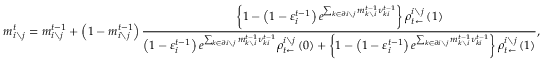
m _ { i \setminus j } ^ { t } = m _ { i \setminus j } ^ { t - 1 } + \left( 1 - m _ { i \setminus j } ^ { t - 1 } \right) \frac { \left\{ 1 - \left( 1 - \varepsilon _ { i } ^ { t - 1 } \right) e ^ { \sum _ { k \in \partial i \setminus j } m _ { k \setminus i } ^ { t - 1 } { \nu } _ { k i } ^ { t - 1 } } \right\} \rho _ { t \leftarrow } ^ { i \setminus j } \left( 1 \right) } { \left( 1 - \varepsilon _ { i } ^ { t - 1 } \right) e ^ { \sum _ { k \in \partial i \setminus j } m _ { k \setminus i } ^ { t - 1 } { \nu } _ { k i } ^ { t - 1 } } \rho _ { t \leftarrow } ^ { i \setminus j } \left( 0 \right) + \left\{ 1 - \left( 1 - \varepsilon _ { i } ^ { t - 1 } \right) e ^ { \sum _ { k \in \partial i \setminus j } m _ { k \setminus i } ^ { t - 1 } { \nu } _ { k i } ^ { t - 1 } } \right\} \rho _ { t \leftarrow } ^ { i \setminus j } \left( 1 \right) } ,